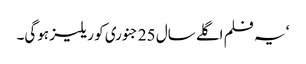
‘ یہ فلم اگلے سال 25 جنوری کو ریلیز ہوگی۔